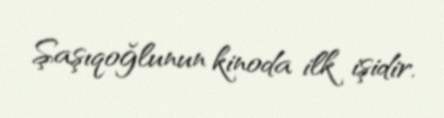
Şaşıqoğlunun kinoda ilk işidir.